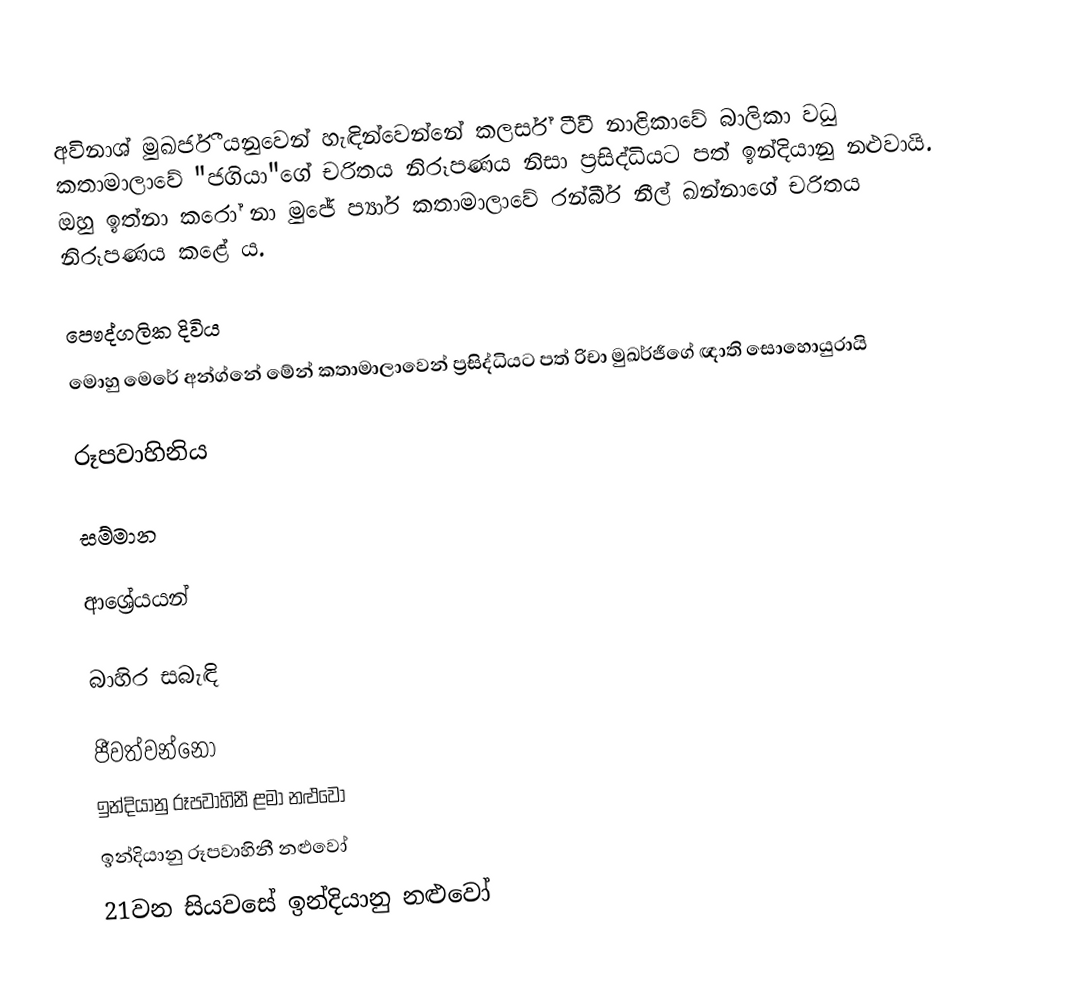
අවිනාශ් මුඛර්ජී යනුවෙන් හැඳින්වෙන්නේ කලර්ස් ටීවී නාළිකාවේ බාලිකා වධු කතාමාලාවේ "ජගියා"ගේ චරිතය නිරූපණය නිසා ප්‍රසිද්ධියට පත් ඉන්දියානු නළුවායි. ඔහු ඉත්නා කරෝ නා මුජේ ප්‍යාර් කතාමාලාවේ රන්බීර් නීල් ඛන්නාගේ චරිතය නිරූපණය කළේ ය.

පෞද්ගලික දිවිය
මොහු මෙරේ අන්ග්නේ මේන් කතාමාලාවෙන් ප්‍රසිද්ධියට පත් රිචා මුඛර්ජීගේ ඥාති සොහොයුරායි

රූපවාහිනිය

සම්මාන

ආශ්‍රේයයන්

බාහිර සබැඳි

ජීවත්වන්නෝ
ඉන්දියානු රූපවාහිනී ළමා නළුවෝ
ඉන්දියානු රූපවාහිනී නළුවෝ
21වන සියවසේ ඉන්දියානු නළුවෝ